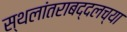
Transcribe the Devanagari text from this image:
स्थलांतराबद्दलच्या